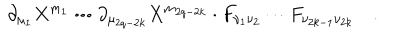
\cdot \partial _ { \mu _ { 1 } } X ^ { m _ { 1 } } \cdots \partial _ { \mu _ { 2 q - 2 k } } X ^ { m _ { 2 q - 2 k } } \cdot F _ { \nu _ { 1 } \nu _ { 2 } } \cdots F _ { \nu _ { 2 k - 1 } \nu _ { 2 k } } \quad .